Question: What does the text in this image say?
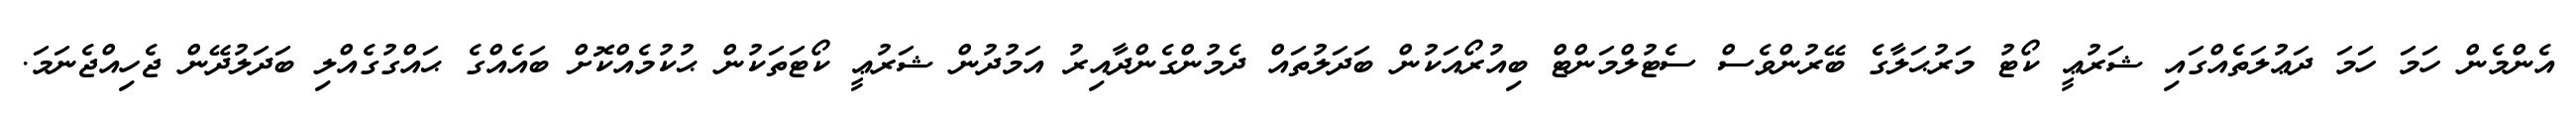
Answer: އެންމެން ހަމަ ހަމަ ދަޢުލަތެއްގައި ޝަރުޢީ ކޯޓު މަރުޙަލާގެ ބޭރުންވެސް ސެޓުލްމަންޓް ބިއުރޯއަކުން ބަދަލުތައް ދެމުންގެންދާއިރު އަމުދުން ޝަރުޢީ ކޯޓަތަކުން ޙުކުމެއްކޮށް ބައެއްގެ ޙައްގުގެއްލި ބަދަލުދޭން ޖެހިއްޖެނަމަ.